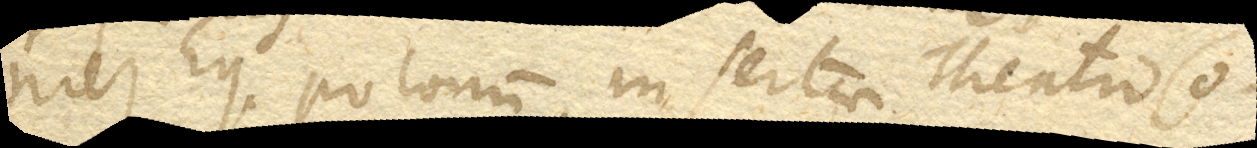
niez Eq. Polonum, insertae Theatro Co–